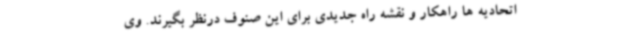
اتحادیه ها راهکار و نقشه راه جدیدی برای این صنوف درنظر بگیرند. وی